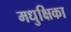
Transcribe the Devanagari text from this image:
मधुक्षिका